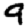
Digit: 9